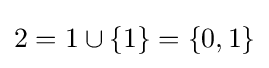
2=1\cup \{1\}=\{0,1\}